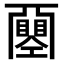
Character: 𢀰